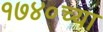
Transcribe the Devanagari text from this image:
१७४०च्या